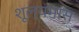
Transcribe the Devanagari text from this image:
शूल्यमांस